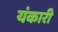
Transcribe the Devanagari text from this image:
यंकारी